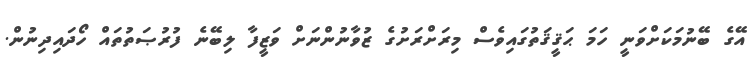
އޭގެ ބޭނުމަކަށްވަނީ ހަމަ ޙަޤީޤަތުގައިވެސް މިރަށްރަށުގެ ޒުވާނުންނަށް ވަޒީފާ ލިބޭނެ ފުރުޞަތުތައް ހޯދައިދިނުން.